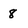
Character: 8